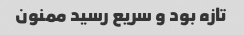
تازه بود و سریع رسید ممنون